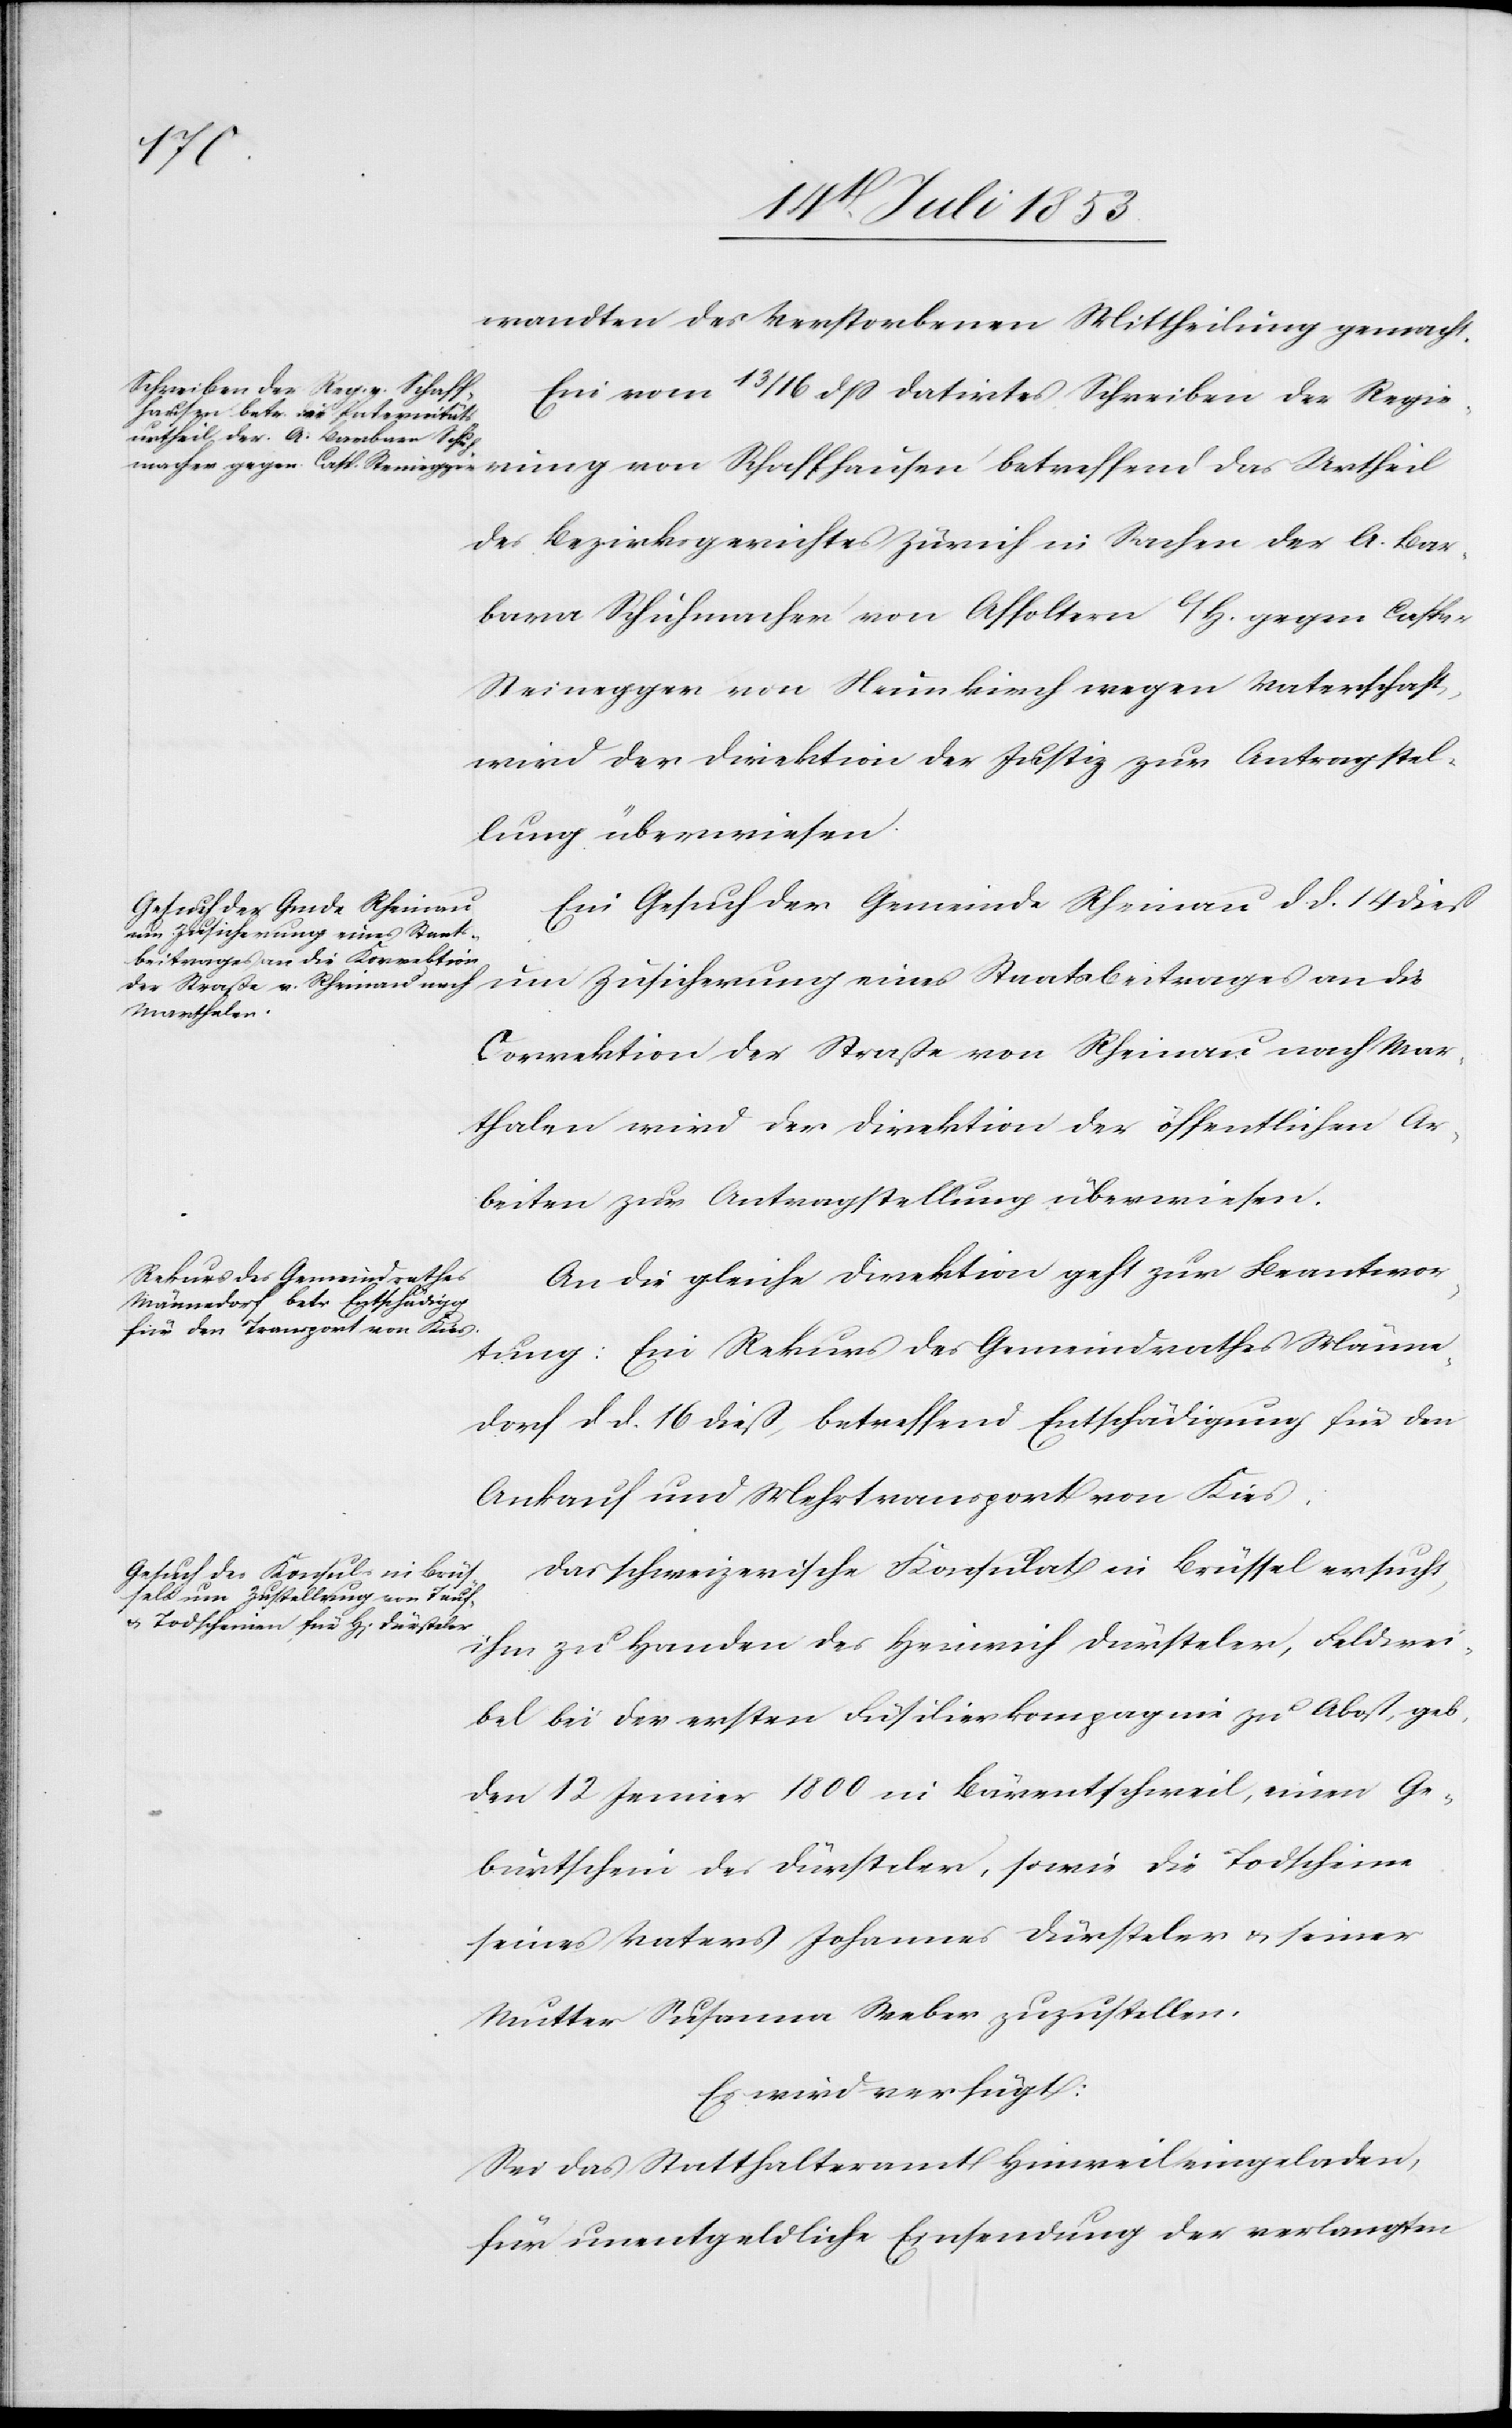
18t[en] Juli 1853.]
wandten des Verstorbenen Mittheilung gemacht.
Ein vom 13/16 dß datirtes Schreiben der Regie¬
rung von Schaffhausen betreffend das Urtheil
des Bezirksgerichtes Zürich in Sachen der A. Bar¬
bara Schuhmacher von Affoltern b/H. gegen Caspar
Steinegger von Neunkirch wegen Vaterschaft,
wird der Direktion der Justiz zur Antragstel¬
lung überwiesen.
Ein Gesuch der Gemeinde Rheinau d. d. 14 dieß
um Zusicherung eines Staatsbeitrages an die
Correktion der Straße von Rheinau nach Mar¬
thalen wird der Direktion der öffentlichen Ar¬
beiten zur Antragstellung überwiesen.
An die gleiche Direktion geht zur Beantwor¬
tung: Ein Rekurs des Gemeindrathes Männe¬
dorf d. d. 16 dieß, betreffend Entschädigung für den
Ankauf und Mehrtransport von Kies.
Das schweizerische Konsulat in Brüssel ersucht,
ihm zu Handen des Heinrich Dürsteler, Feldwei¬
bel bei der ersten Füsilierkompagnie zu Abost, geb.
den 12 Jenner 1800 in Bärentschweil, einen Ge¬
burtschein des Dürsteler, sowie die Todscheine
seines Vaters Johannes Dürsteler u. seiner
Mutter Susanna Weber zuzustellen.
Es wird verfügt:
Sei das Statthalteramt Hinweil eingeladen,
für unentgeldliche Einsendung der verlangten